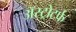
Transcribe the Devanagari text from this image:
ॲस्ट्रोटर्फ